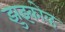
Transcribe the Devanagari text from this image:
झुझ्कोव्ह